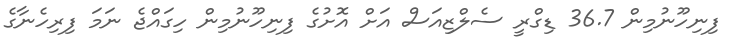
ފިނިހޫނުމިން 36.7 ޑިގްރީ ސެލްޒިއަސް އަށް އޮށުގެ ފިނިހޫނުމިން ހިގައްޖެ ނަމަ ފިރިހެނާގެ